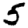
Digit: 5